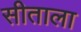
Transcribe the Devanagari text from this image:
सीताला